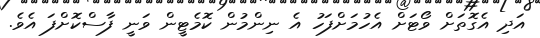
އަދި އެގޮތަށް ވޯޓަށް އެހުމަށްފަހު އެ ނިންމުން ކޮމެޓީން ވަނީ ފާސްކޮށްފަ އެވެ.